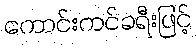
ကောင်းကင်ခရီးဖြင့်